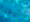
اليشيا